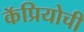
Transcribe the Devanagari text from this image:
कॅप्रियोची